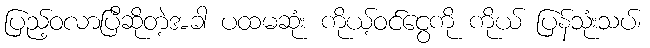
ပြည့်ဝလာပြီဆိုတဲ့အခါ ပထမဆုံး ကိုယ့်ဝင်ငွေကို ကိုယ် ပြန်သုံးသပ်၊